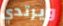
ويرتدي